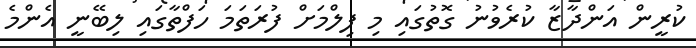
ކުރީން އަންދާޒާ ކުރެވުނު ގޮތުގައި މި ފިލްމަށް ފުރަތަމަ ހަފްތާގައި ލިބޭނީ އެންމެ